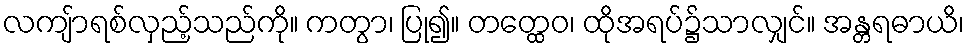
လကျ်ာရစ်လှည့်သည်ကို။ ကတွာ၊ ပြု၍။ တတ္ထေဝ၊ ထိုအရပ်၌သာလျှင်။ အန္တရဓာယိ၊